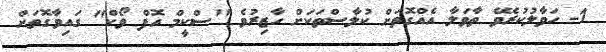
1- ހަވާލުކުރެވޭ ތާވަލާ އެއްގޮތަށް ކުލާސްތަކަށް ހާޒިރުވެ ''ސްކީމް އޮފް ވޯކް'' ގައިވާގޮތަށް